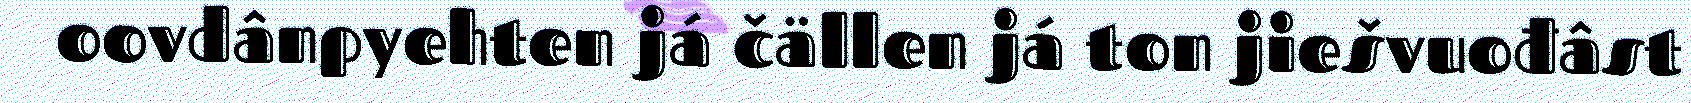
oovdânpyehten já čällen já ton jiešvuođâst